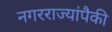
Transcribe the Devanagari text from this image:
नगरराज्यांपैकी